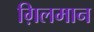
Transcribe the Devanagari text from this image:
ग़िलमान